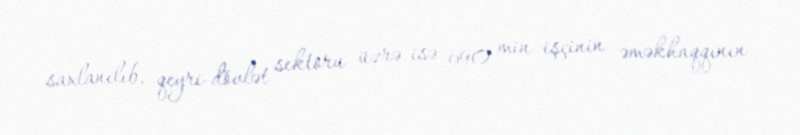
saxlanılıb, qeyri-dövlət sektoru üzrə isə 690 min işçinin əməkhaqqının